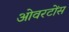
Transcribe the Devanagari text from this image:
ओवरटोंस